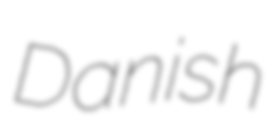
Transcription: Danish